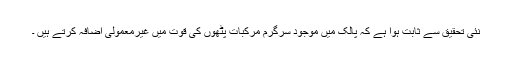
نئی تحقیق سے ثابت ہوا ہے کہ پالک میں موجود سرگرم مرکبات پٹھوں کی قوت میں غیرمعمولی اضافہ کرتے ہیں ۔